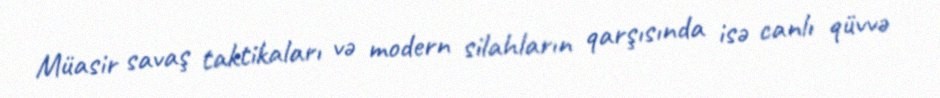
Müasir savaş taktikaları və modern silahların qarşısında isə canlı qüvvə